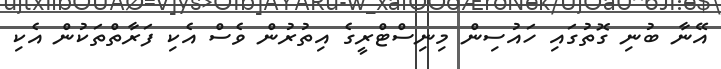
އޭނާ ބުނި ގޮތުގައި ހައުސިން މިނިސްޓްރީގެ އިތުރުން ވެސް އެކި ފަރާތްތަކުން އެކި